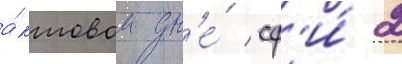
а́ктовом дн'е́ сф'и́ 2